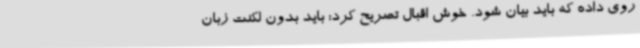
روی داده که باید بیان شود. خوش اقبال تصریح کرد: باید بدون لکنت زبان